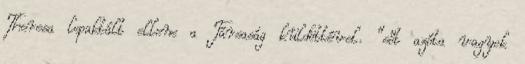
Theresa lepaktált ellene a Társaság küldöttével. “sőt azóta vagyok